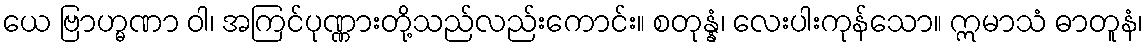
ယေ ဗြာဟ္မဏာ ဝါ၊ အကြင်ပုဏ္ဏားတို့သည်လည်းကောင်း။ စတုန္နံ၊ လေးပါးကုန်သော။ ဣမာသံ ဓာတူနံ၊